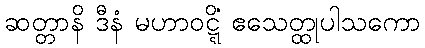
ဆတ္တာနိ ဒီနံ မဟာဝဋ္ဋိံ ဧသေတ္ထုပါသကော